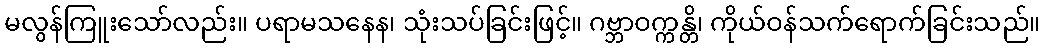
မလွန်ကြူးသော်လည်း။ ပရာမသနေန၊ သုံးသပ်ခြင်းဖြင့်။ ဂဗ္ဘာဝက္ကန္တိ၊ ကိုယ်ဝန်သက်ရောက်ခြင်းသည်။